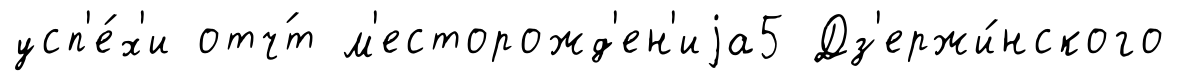
усп'е́х'и отч́т м'есторожд'ен'иjа5 Дз'ержи́нского